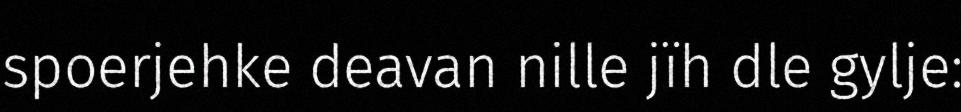
spoerjehke deavan nille jïh dle gylje: